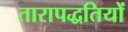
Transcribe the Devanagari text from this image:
तारापद्धतियों